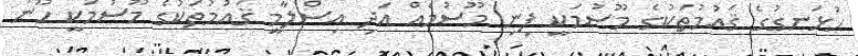
ހުޅަނގުގެ ޤައުމުތަކުގެ މޫސުމަކީ ފިނި މޫސުމެއް އަދި އިސްލާމީ ޤައުމުތަކުގެ މޫސުމަކީ ހޫނު